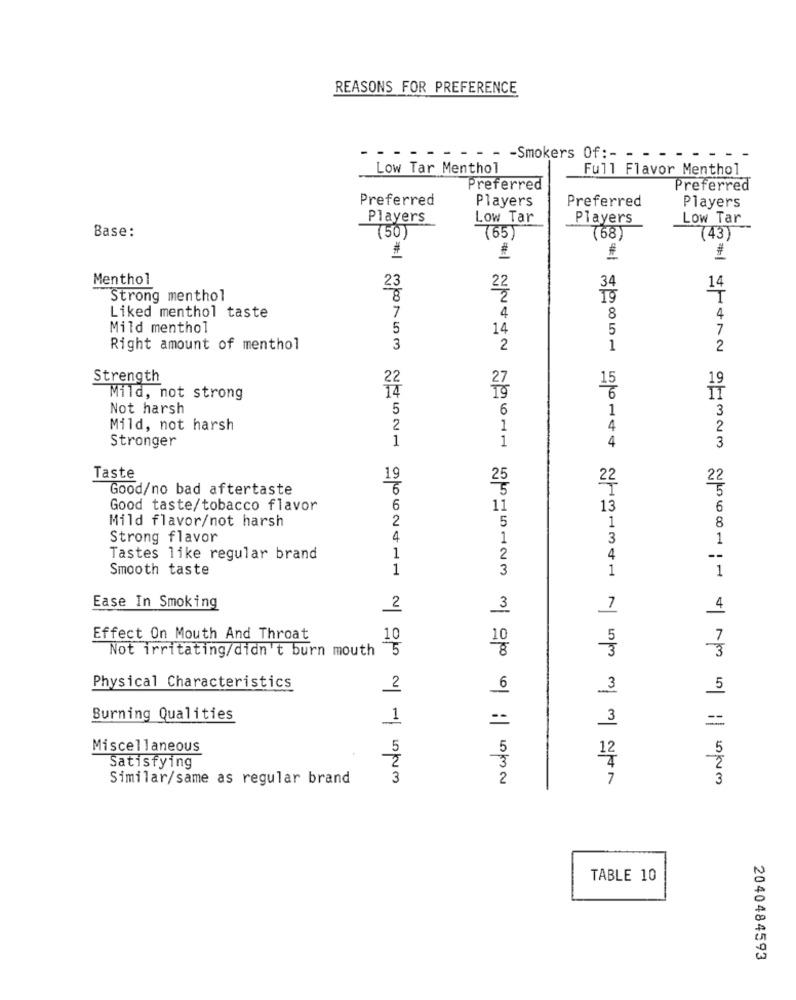
REASONS FOR PREFERENCE
- - Smokers Of :- - -
Low Tar Menthol
Full Flavor Menthol
Preferred
Preferred
Preferred
Players
Preferred
Players
Players
Low Tar
Players
Low Tar
Base:
(50)
(65)
(68)
(43)
#
Menthol
23
34
14
Strong menthol
8
T
4
Liked menthol taste
7
4
8
Mild menthol
5
14
5
7
Right amount of menthol
3
2
1
2
Strength
22
14
15
Mild, not strong
Not harsh
5
6
1
3
Mild, not harsh
2
1
4
2
Stronger
1
1
4
3
Taste
19
25
22
Good/no bad aftertaste
6
5
Good taste/tobacco flavor
6
11
13
6
Mild flavor/not harsh
2
5
1
8
Strong flavor
4
1
3
1
Tastes like regular brand
1
2
4
Smooth taste
1
1
1
3
WNOT IN IN NÃO IN
Nowon li los adó a
Ease In Smoking
2
3
7
4
Effect On Mouth And Throat
10
5
7
Not irritating/didn't burn mouth
5
3
3
Physical Characteristics
2
6
3
5
Burning Qualities
==
Miscellaneous
Satisfying
Similar/same as regular brand
TABLE 10
2040484593